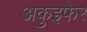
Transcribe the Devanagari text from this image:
अकुइफेर